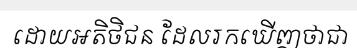
ដោយអតិថិជន ដែលរកឃើញថាជា